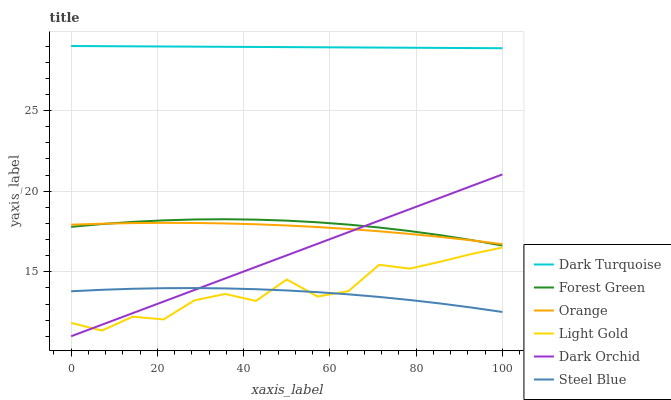
| xaxis_label | Dark Turquoise | Forest Green | Orange | Light Gold | Dark Orchid | Steel Blue |
 | --- | --- | --- | --- | --- | --- | --- |
 | 0 | 29 | 17.8 | 17.9 | 11.8 | 11 | 13.8 |
 | 7.14 | 29 | 18 | 18 | 11.3 | 11.7 | 13.9 |
 | 14.3 | 29 | 18.1 | 18 | 12.2 | 12.4 | 13.9 |
 | 21.4 | 29 | 18.2 | 18 | 12 | 13.2 | 14 |
 | 28.6 | 29 | 18.2 | 18 | 13.2 | 13.9 | 14 |
 | 35.7 | 29 | 18.3 | 18 | 13.6 | 14.6 | 14 |
 | 42.9 | 28.9 | 18.2 | 17.9 | 13.2 | 15.3 | 13.9 |
 | 50 | 28.9 | 18.2 | 17.9 | 14.5 | 16 | 13.8 |
 | 57.1 | 28.9 | 18.1 | 17.8 | 13.5 | 16.7 | 13.7 |
 | 64.3 | 28.9 | 17.9 | 17.7 | 13.8 | 17.5 | 13.6 |
 | 71.4 | 28.9 | 17.7 | 17.5 | 15.4 | 18.2 | 13.4 |
 | 78.6 | 28.9 | 17.5 | 17.3 | 15.2 | 18.9 | 13.2 |
 | 85.7 | 28.9 | 17.3 | 17.2 | 15.6 | 19.6 | 13 |
 | 92.9 | 28.9 | 17 | 16.9 | 16.1 | 20.3 | 12.8 |
 | 100 | 28.9 | 16.6 | 16.7 | 16.5 | 21 | 12.5 |